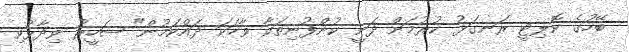
ބޭހުގެ ކޮލިޓީ ރަނގަޅު ކުރުމަށް ދަނީ ކުންފުނިތަކާ ވާހަކަ ދައްކަމުން" ޝަހީރު ވިދާޅުވި